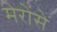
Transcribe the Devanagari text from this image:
मेरोंसे